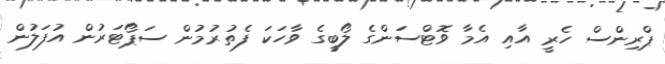
ޕްރިންސް ހެރީ އާއި އެމާ ވޮޓްސަންގެ ލޯބީގެ ވާހަކަ ފެތުރުމުން ސަޕޯޓަރުން އުފަލުން